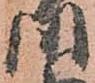
川